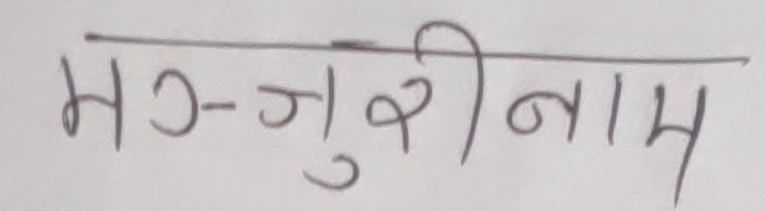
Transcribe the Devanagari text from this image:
मन्जुरीनाम